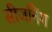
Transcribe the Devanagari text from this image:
सीजनिंग